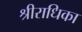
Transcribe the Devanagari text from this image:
श्रीराधिका